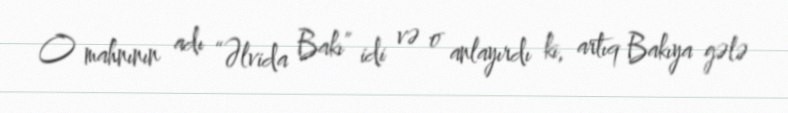
O mahnının adı “Əlvida Bakı” idi və o anlayırdı ki, artıq Bakıya gələ